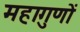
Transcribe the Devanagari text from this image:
महागुणों